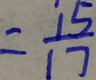
= \frac { 1 5 } { 1 7 }